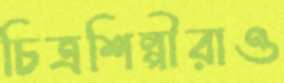
চিত্রশিল্পীরাও